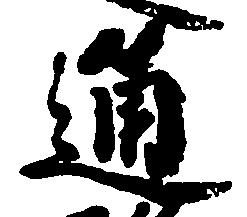
通